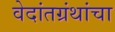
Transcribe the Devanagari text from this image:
वेदांतग्रंथांचा